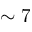
\sim 7